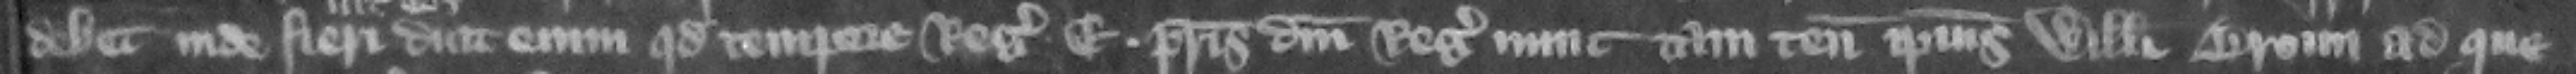
debet inde fieri dicit enim quod tempore regis E. patris domini regis nunc tam tenementa ipsius Willelmi Broun ad que